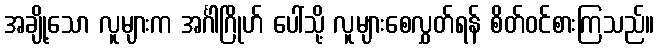
အချို့သော လူများက အင်္ဂါဂြိုဟ် ပေါ်သို့ လူများစေလွှတ်ရန် စိတ်ဝင်စားကြသည်။